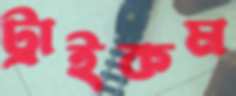
ট্রাইকম